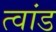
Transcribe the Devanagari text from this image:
त्वांड